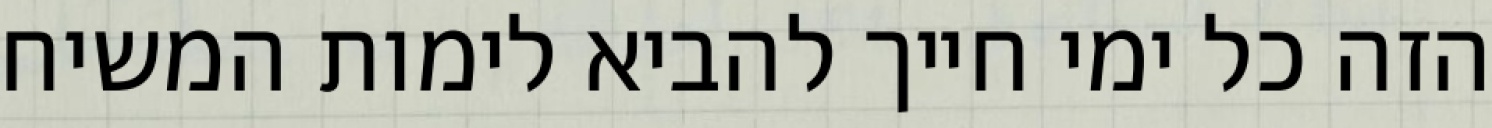
הזה כל ימי חייך להביא לימות המשיח